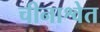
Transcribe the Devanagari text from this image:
चीनाश्वेत